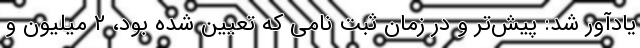
یادآور شد: پیش‌تر و در زمان ثبت نامی که تعیین شده بود، ۲ میلیون و